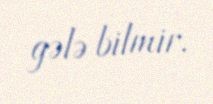
gələ bilmir.